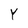
Character: Y